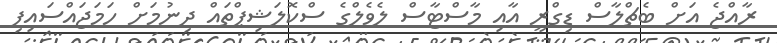
ރާއްޖެ އަށް ބެޗްލާސް ޑިގްރީ އާއި މާސްޓާސް ލެވެލްގެ ސްކޮލަޝިޕްތައް ދިނުމަށް ހަމަޖައްސައިފި